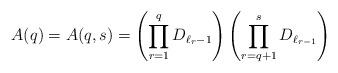
LaTeX: \begin{align*} A(q)=A(q,s)=\left(\prod_{r=1}^{q}D_{\ell_{r}-1}\right)\left( \prod_{r=q+1}^{s}D_{\ell_{r-1}}\right)\end{align*}